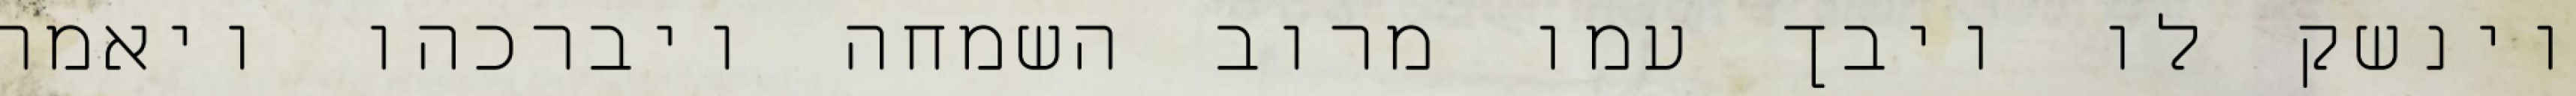
וינשק לו ויבך עמו מרוב השמחה ויברכהו ויאמר